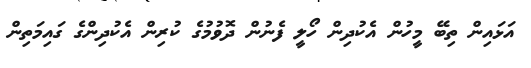
އަޅައިން ތިބޭ މީހުން އެކުދިން ހޯލީ ފެނުން ދޮވުމުގެ ކުރިން އެކުދިންގެ ގައިމަތިން